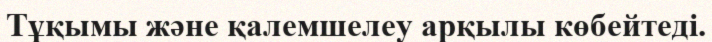
Тұқымы және қалемшелеу арқылы көбейтеді.